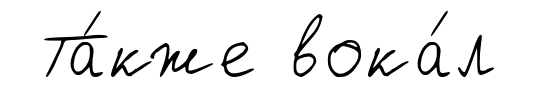
Та́кже вока́л